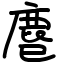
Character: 𪊍